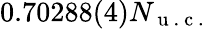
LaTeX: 0.70288(4)N_{\mathrm{~u~.~c~.~}}